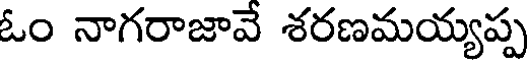
ఓం నాగరాజావే శరణమయ్యప్ప